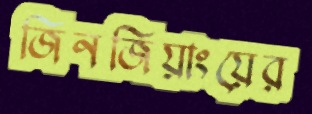
জিনজিয়াংয়ের